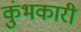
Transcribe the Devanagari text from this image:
कुंभकारी